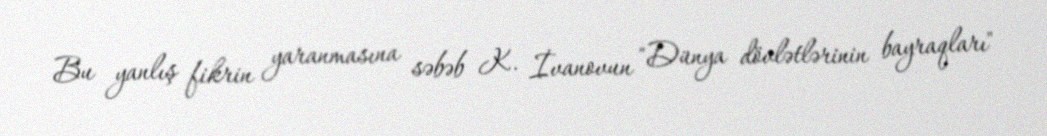
Bu yanlış fikrin yaranmasına səbəb K. İvanovun "Dünya dövlətlərinin bayraqları"